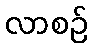
လာစဉ်